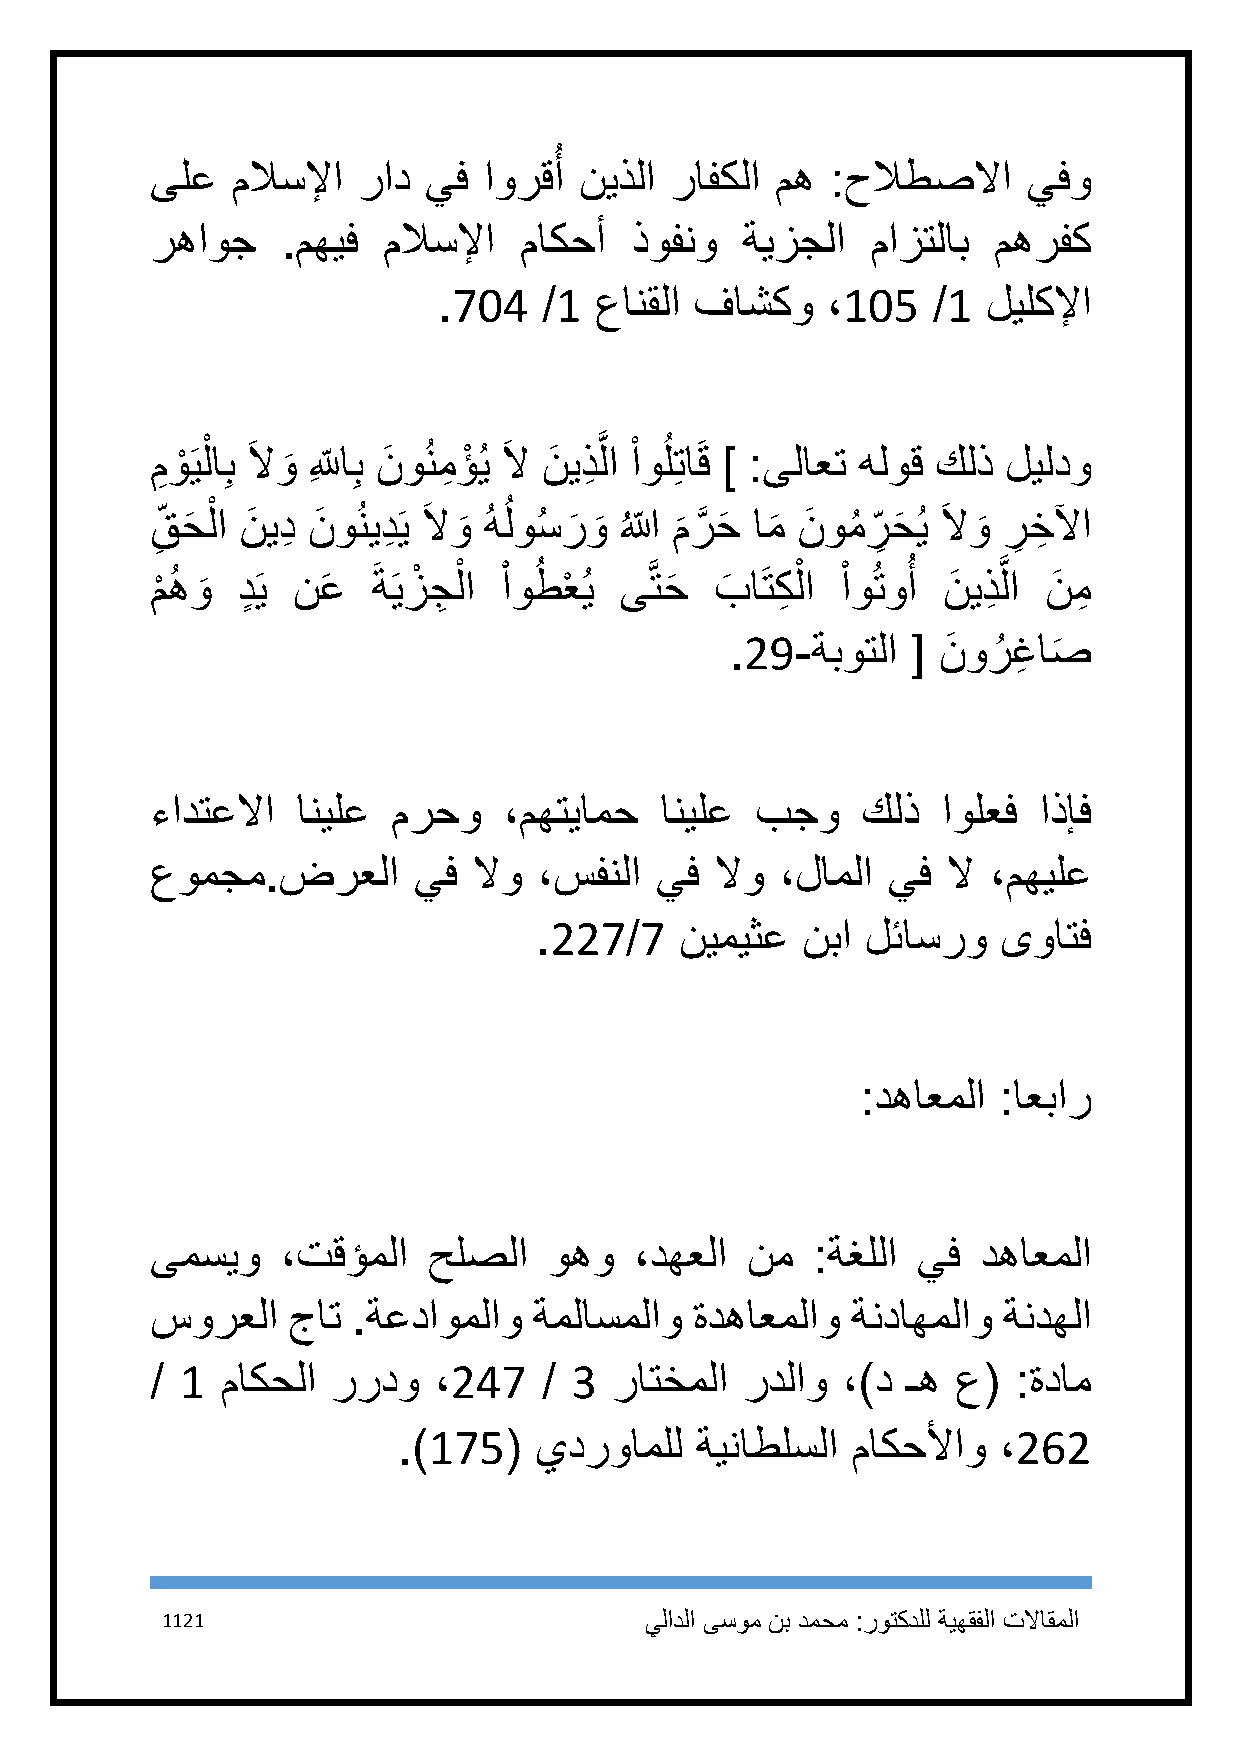
ُ
 ىلع  ملاسلإا  راد يف  اورقأ نيذلا رافكلا مه  :حلاطصلاا    يفو
 رهاوج    .مهيف ملاسلإا  ماكحأ   ذوفنو  ةيزجلا   مازتلاب مهرفك
 .714   /1 عانقلا فاشكو    ،115   /1 ليلكلإا
 مِ وْ َيلْ اِب َ لا و
 َ
 لِلِّ اِب نَ وُنمِ ؤْ ُي َ لا نَ يذِ َّ لا ْ اوُ لِتاَق ] :ىلاعت هلوق كلذ ليلدو
 ق
 ِ
 حَ لْ ا نَ يدِ نَ وُنيدِ َي َ لاو
 َ
 ُ هُ لوسُ ر
 َ
 و
 َ ُ
 اللَّ م
 َ
 رَّ حَ ام
 َ
 نَ ومُ ر
 ِ
 حَ ُي َ لاو
 َ
 ر
 ِ
 خِ لآا
 م
 ْ
 هُ و
 َ
 دٍ َي نعَ َ ةَيزْ جِ لْ ا ْ اوطُ عْ ُي ىَّتحَ بَ اَتكِ لْ ا ْ اوُتوُ أ نَ يذِ َّ لا نَ مِ
 .29-ةبوتلا  [ نَ ورُ غِ اص
 َ
 ءادتعلاا  انيلع مرحو   ،مهتيامح   انيلع بجو    كلذ  اولعف  اذإف
 عومجم.ضرعلا      يف  لاو  ،سفنلا يف  لاو  ،لاملا يف  لا ،مهيلع
 .227/7    نيميثع  نبا لئاسرو   ىواتف
 :دهاعملا :اعبار
 ىمسيو    ،تقؤملا  حلصلا   وهو   ،دهعلا نم   :ةغللا يف  دهاعملا
 سورعلا   جات .ةعداوملاو  ةملاسملاو  ةدهاعملاو ةنداهملاو ةندهلا
 / 1  ماكحلا رردو   ،247   / 3  راتخملا ردلاو  ،)د ـه ع(  :ةدام
 .)175(   يدرواملل   ةيناطلسلا ماكحلأاو  ،262
 1121                            يلادلا ىسوم نب دمحم :روتكدلل ةيهقفلا تلااقملا